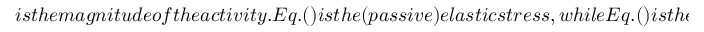
i s t h e m a g n i t u d e o f t h e a c t i v i t y . E q . ( ) i s t h e ( p a s s i v e ) e l a s t i c s t r e s s , w h i l e E q . ( ) i s t h e a c t i v e s t r e s s w h i c h p r o d u c e s p u s h e r (